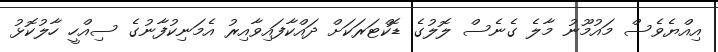
އިއްޔެވެސް މައުމޫނު މާލެ ގެނެސް ލޮލުގެ ޑޮކްޓަރަކަށް ދައްކާފައިވާއިރު އެމަނިކުފާނުގެ ސިއްހީ ހާލުކޮޅު